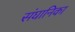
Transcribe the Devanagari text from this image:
संघानिका